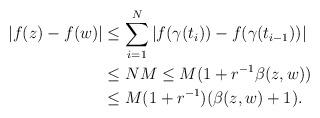
LaTeX: \begin{align*}|f(z)-f(w)| &\leq \sum_{i=1}^N |f(\gamma(t_{i}))-f(\gamma(t_{i-1}))|\\&\leq N M \leq M (1+r^{-1} \beta(z,w))\\&\leq M (1+r^{-1}) (\beta(z,w)+1).\end{align*}